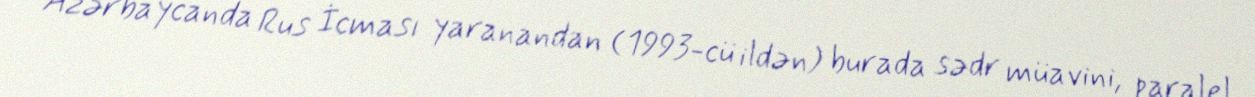
Azərbaycanda Rus İcması yaranandan (1993-cü ildən) burada sədr müavini, paralel